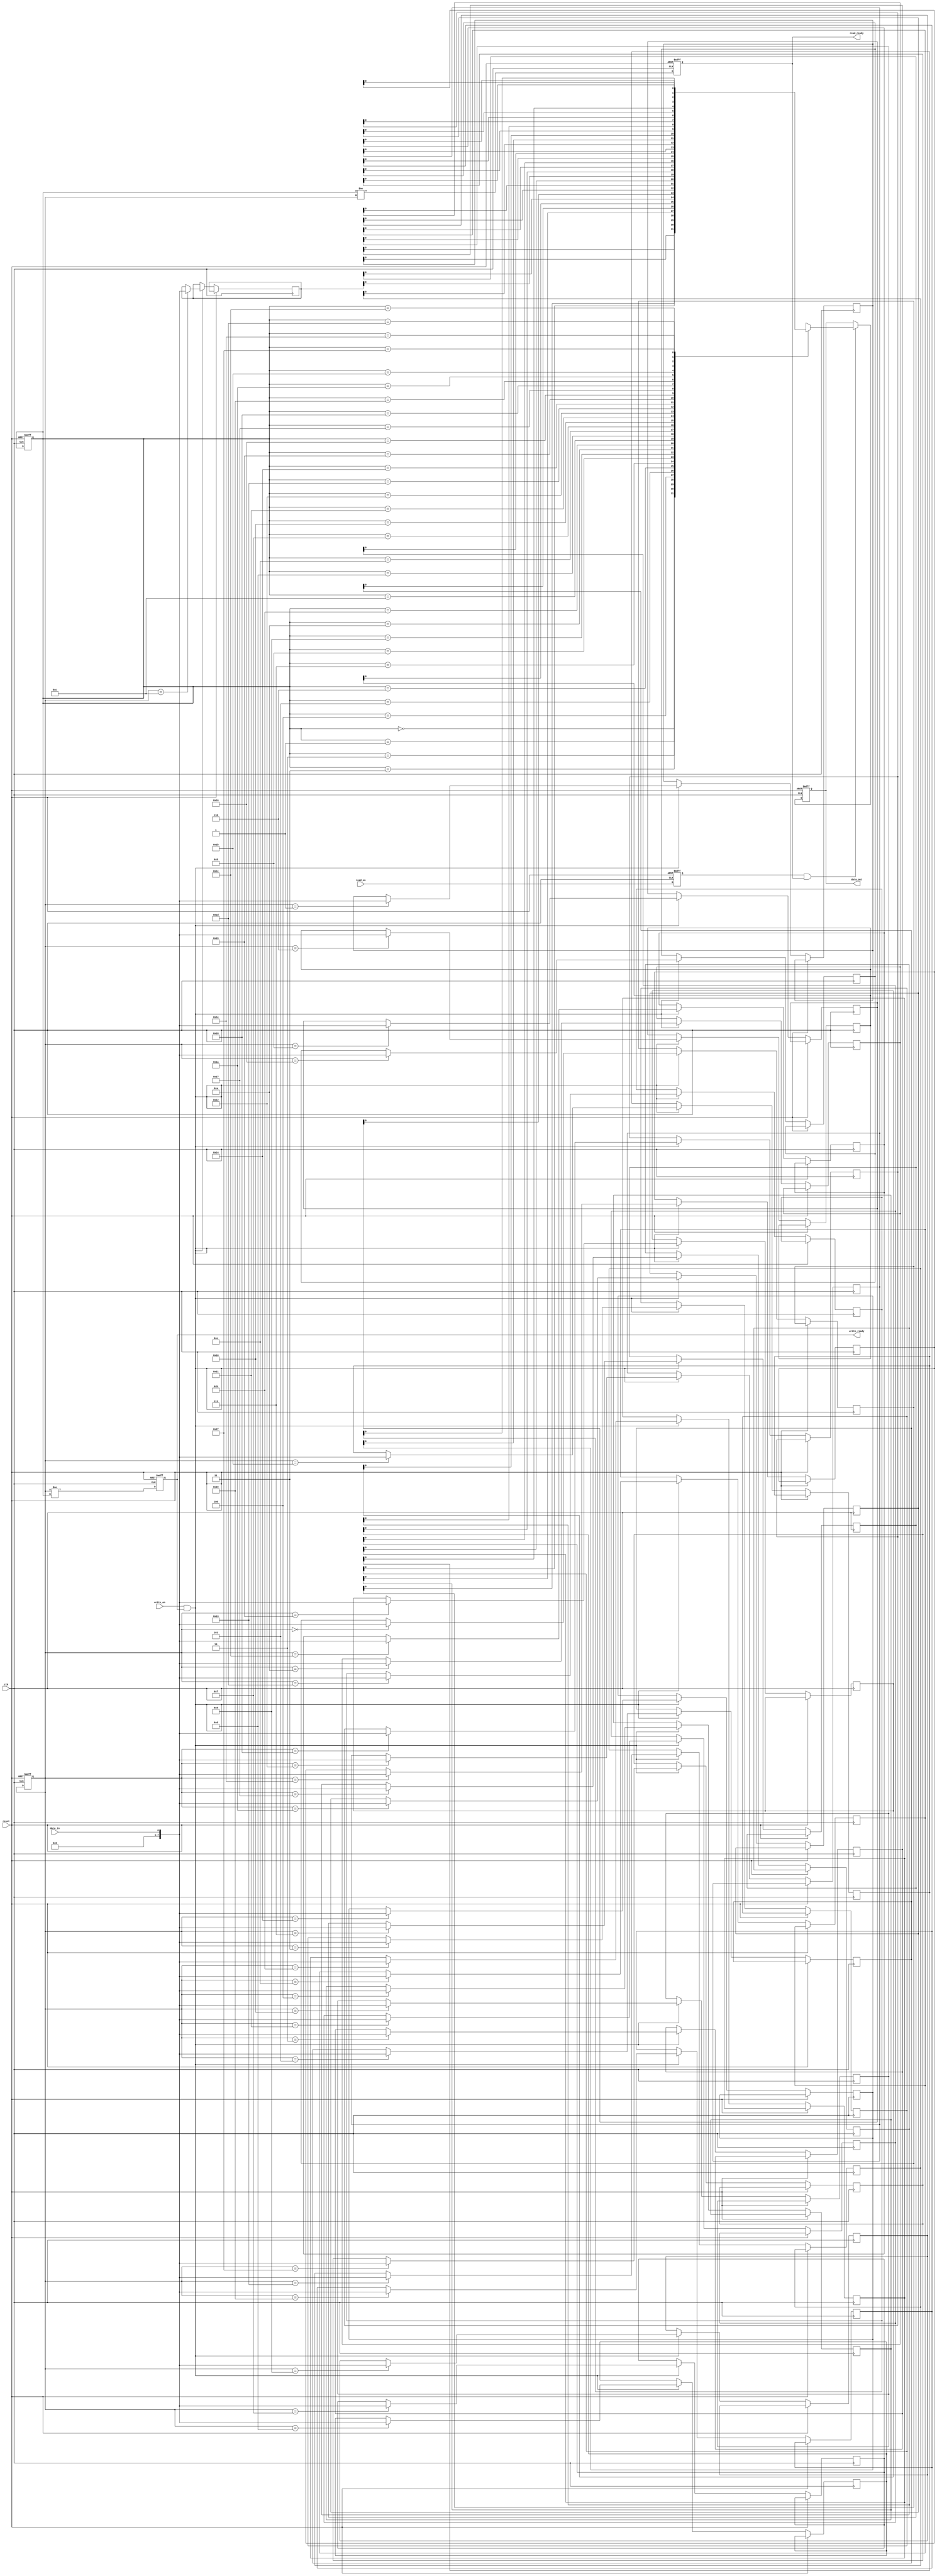
module fifo_buffer (
    input wire clk,             // Clock signal
    input wire reset,           // Reset signal
    input wire read_en,         // Read enable signal
    input wire write_en,        // Write enable signal
    input wire data_in,         // Data input signal
    output reg data_out,        // Data output signal
    output wire read_ready,     // Read ready signal
    output wire write_ready     // Write ready signal
);

// Parameter definition
parameter DEPTH = 32;    // Depth of FIFO buffer

// Internal signals
reg [7:0] mem [0:DEPTH-1];  // Dual-port memory array
reg [4:0] read_ptr;         // Read pointer
reg [4:0] write_ptr;        // Write pointer
reg [4:0] next_read_ptr;    // Next read pointer
reg [4:0] next_write_ptr;   // Next write pointer

// Synchronization signals
reg read_sync;              // Read synchronization signal
reg write_sync;             // Write synchronization signal

// Read logic
always @(posedge clk or posedge reset) begin
    if (reset) begin
        read_ptr <= 0;
    end else if (read_en && read_ready) begin
        next_read_ptr <= read_ptr + 1;
    end
end

// Write logic
always @(posedge clk or posedge reset) begin
    if (reset) begin
        write_ptr <= 0;
    end else if (write_en && write_ready) begin
        mem[write_ptr] <= data_in;
        next_write_ptr <= write_ptr + 1;
    end
end

// Timing control
always @(posedge clk or posedge reset) begin
    if (reset) begin
        read_sync <= 0;
        write_sync <= 0;
    end else begin
        read_sync <= read_en;
        write_sync <= write_en;
    end
end

// Flow control
always @(posedge clk or posedge reset) begin
    if (reset) begin
        data_out <= 0;
        read_ready <= 0;
        write_ready <= 1;
    end else begin
        read_ready <= (read_ptr != write_ptr);
        write_ready <= (write_ptr != read_ptr);
        if (read_sync && read_ready) begin
            data_out <= mem[read_ptr];
        end
    end
end

endmodule